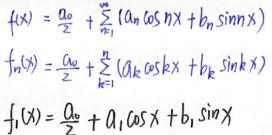
\[
\begin{align*}
f(x)&=\frac{a_0}{2}+\sum_{n = 1}^{\infty}(a_n\cos nx + b_n\sin nx)\\
f_n(x)&=\frac{a_0}{2}+\sum_{k = 1}^{n}(a_k\cos kx + b_k\sin kx)\\
f_1(x)&=\frac{a_0}{2}+a_1\cos x + b_1\sin x
\end{align*}
\]